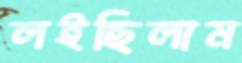
লইছিলাম